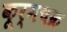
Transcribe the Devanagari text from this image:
कूर्मचक्र